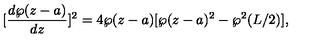
[ \frac { d \wp ( z - a ) } { d z } ] ^ { 2 } = 4 \wp ( z - a ) [ \wp ( z - a ) ^ { 2 } - \wp ^ { 2 } ( L / 2 ) ] ,